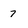
Character: 7